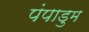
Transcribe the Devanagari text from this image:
पंपाडुम